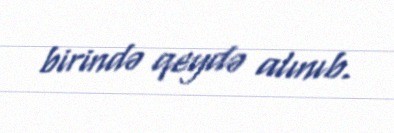
birində qeydə alınıb.